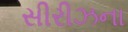
સીરીઝના